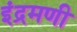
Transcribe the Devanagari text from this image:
इंद्रमणी